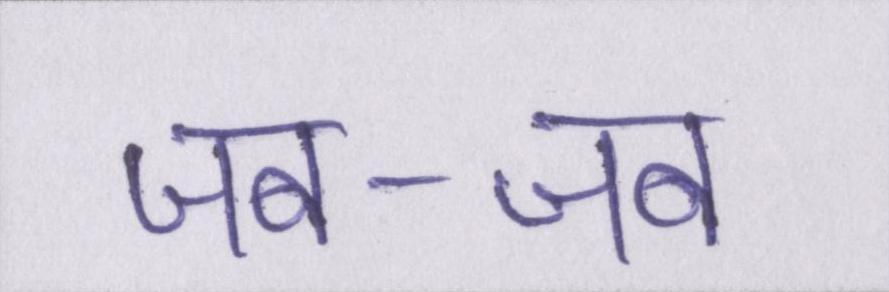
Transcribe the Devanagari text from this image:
जब-जब